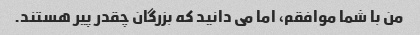
من با شما موافقم، اما می دانید که بزرگان چقدر پیر هستند.